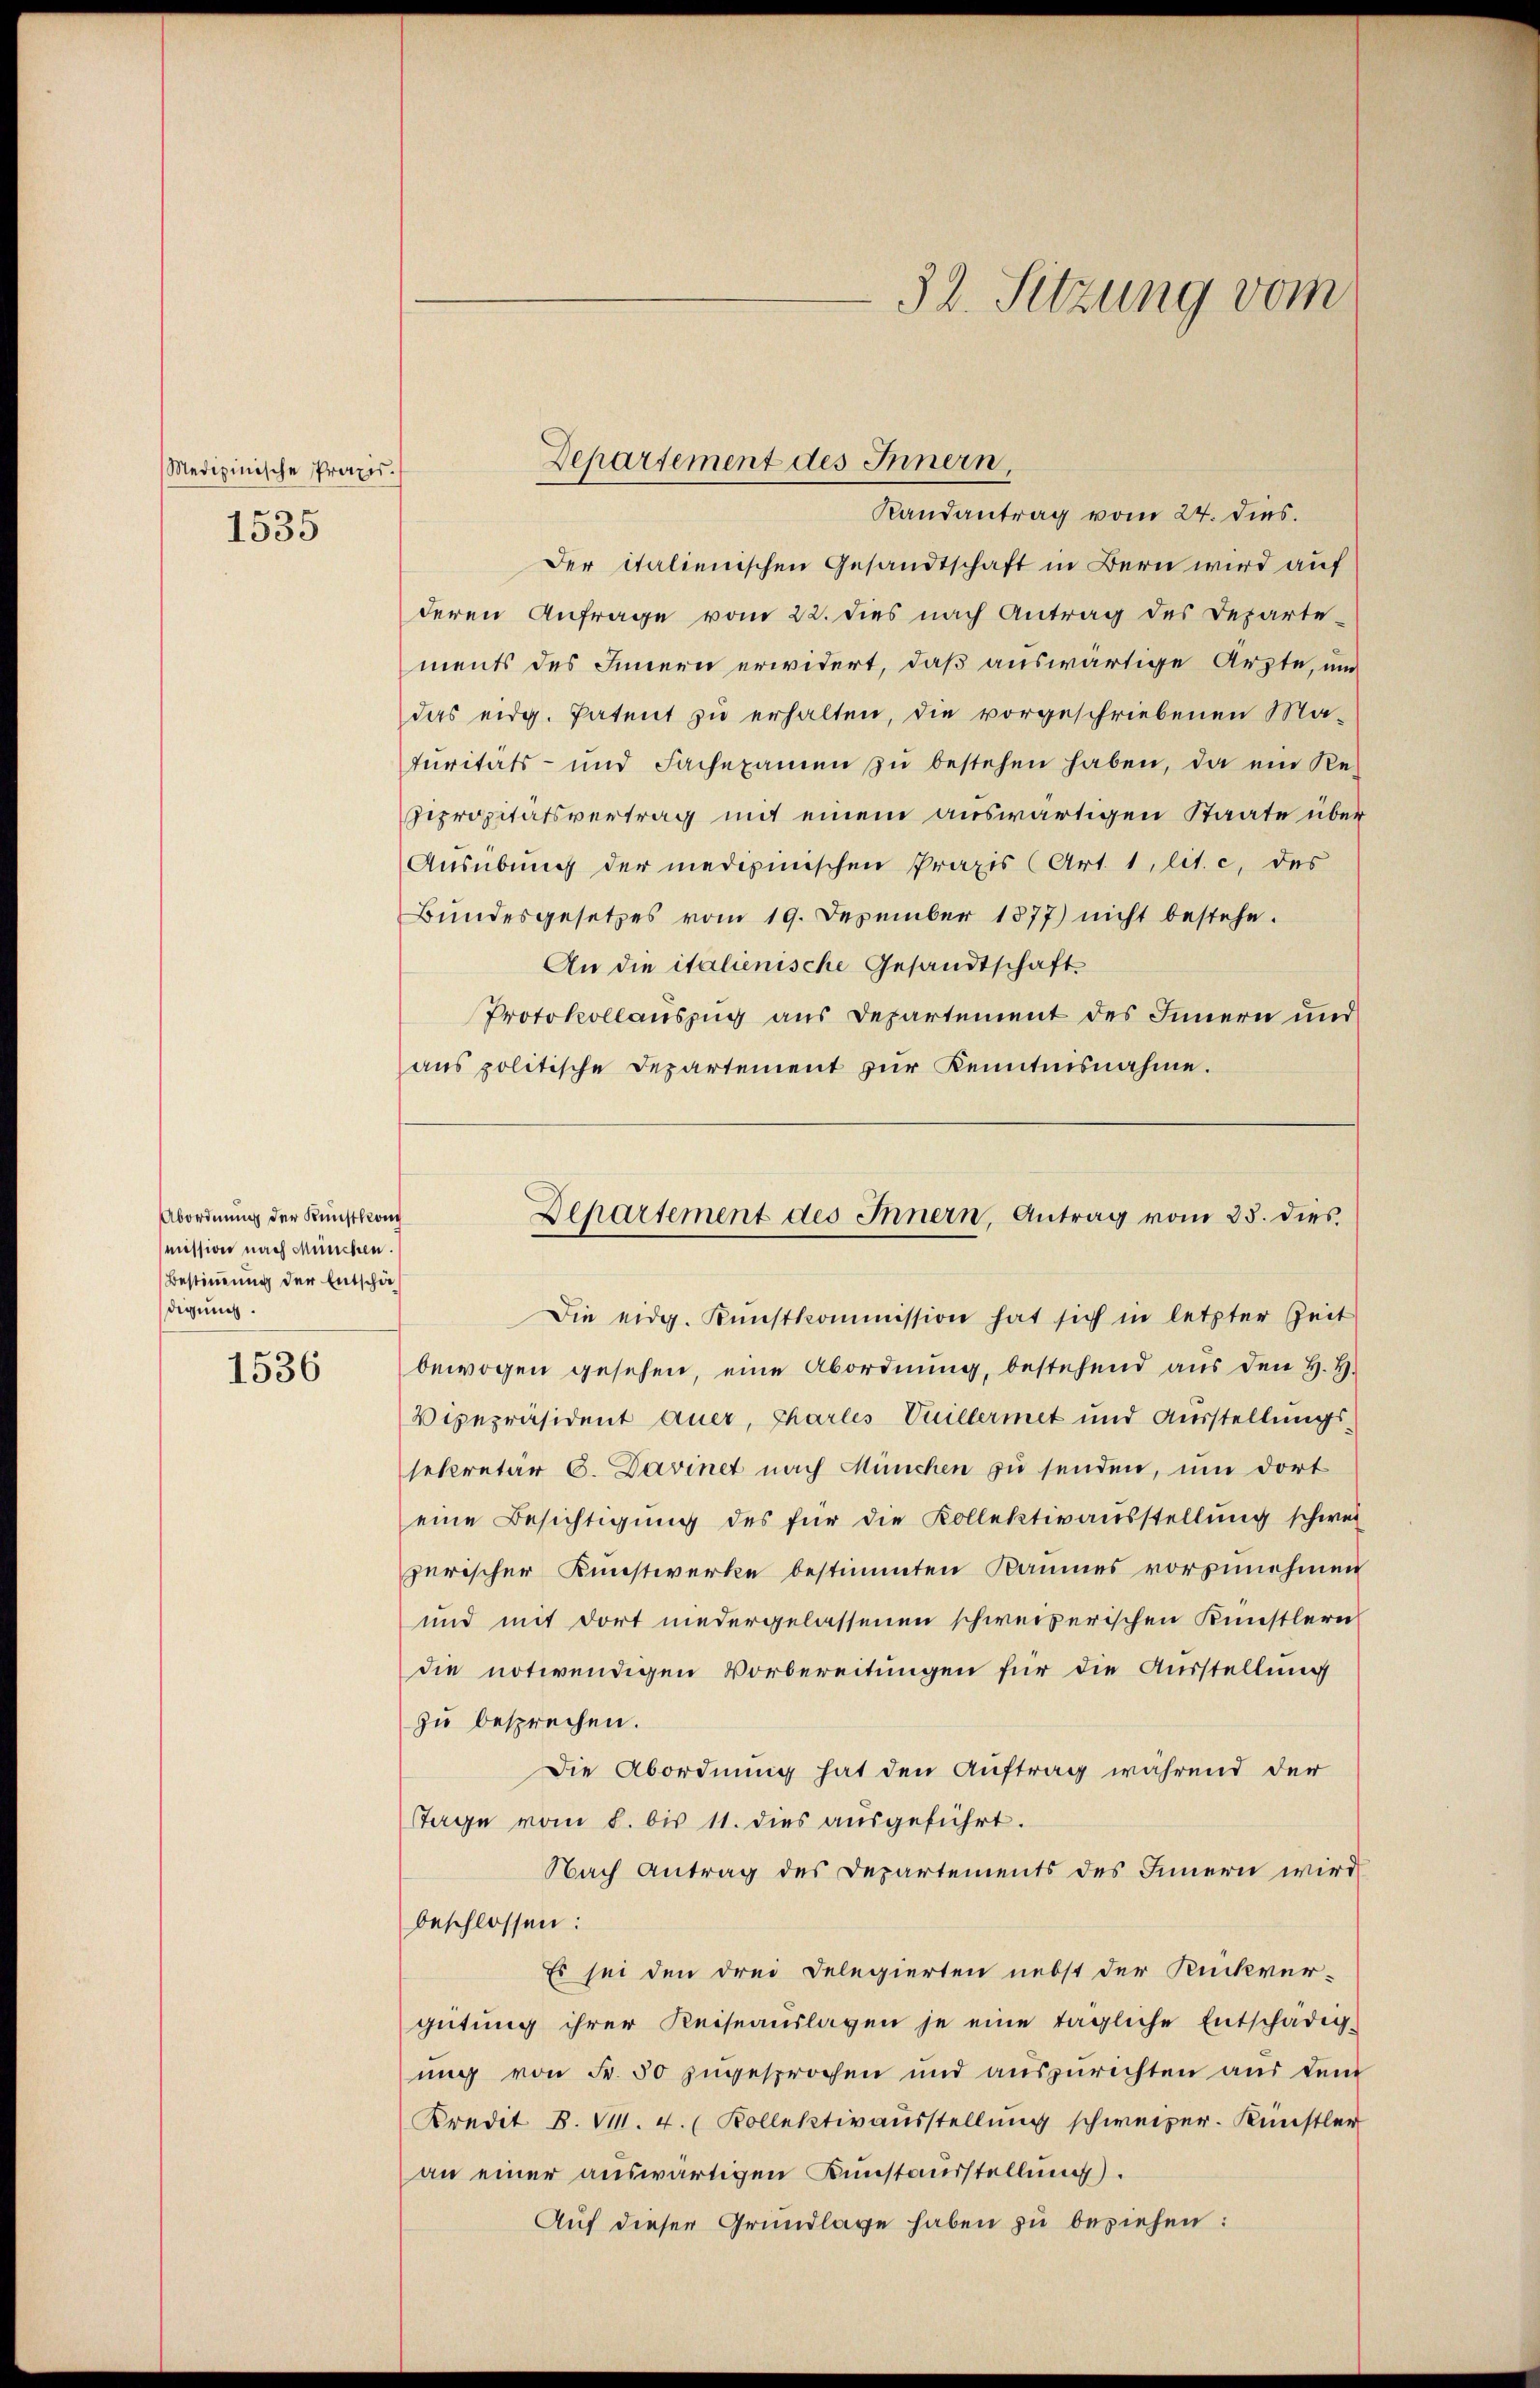
Medizinische Praxis.
1535

Abordnung der Kunstkong
mission nach München.
Bestimmung der Entschädigung.

1536

Departement des Innern,

32. Sitzung vom

Randantrag vom 24. dies.
Der italienischen Gesandtschaft in Bern wird auf
deren Anfrage vom 22. dies nach Antrag des Departe-
ments des Innern erwidert, daß auswärtige Arzte, un
das eidg. Patent zu erhalten, die vorgeschriebenen Ma-
turitäts- und Fachexamen zŭ bestehen haben, da ein Re-
Zeprositätsvertrag mit einem auswärtigen Staate über
Ausübung der medizinischen Praxis (Art. 1, lit. c, des
Bŭndesgesetzes vom 19. Dezember 1877) nicht bestehe.
An die italienische Gesandtschaft
Protokollauszug aus Departement des Innern und
ans politische Departement zŭr Kenntnisnahme.
Die eidg. Kŭnstkommission hat sich in letzter Zeit
bewogen gesehen, eine Abordnung, bestehend aus den H. H.
Vizepräsident auer, Charles Vuillermet und Ausstellungs-
sekretär 8. Davinet nach München zu senden, um dort
eine Besichtigung des für die Kollektivausstellung schwei
zerischer Kunstwerke bestimmten Raumes vorzunehmen
und mit dort niedergelassenen schweizerischen Künstlern
die notwendigen Vorbereitungen für die Ausstellung
zu besprechen.
Die Abordnung hat den Auftrag während der
Tage vom 8. bis 11. dies aŭsgeführt.
Nach Antrag des Departements des Innern wird
beschlossen:
Es sei den drei Delegierten nebst der Rückver-
gütŭng ihrer Keiseaŭslagen je eine tägliche Entschädig-
ung von Fr. 50 zugesprochen und auszurichten aus dem
Kredit 8. VII. 4. Kollektivausstellung schweizer. Künstler
an einer auswärtigen Kunstandstellung.
Auf dieser Grundlage haben zu beziehen:

Departement des Innern, Antrag vom 25. dies